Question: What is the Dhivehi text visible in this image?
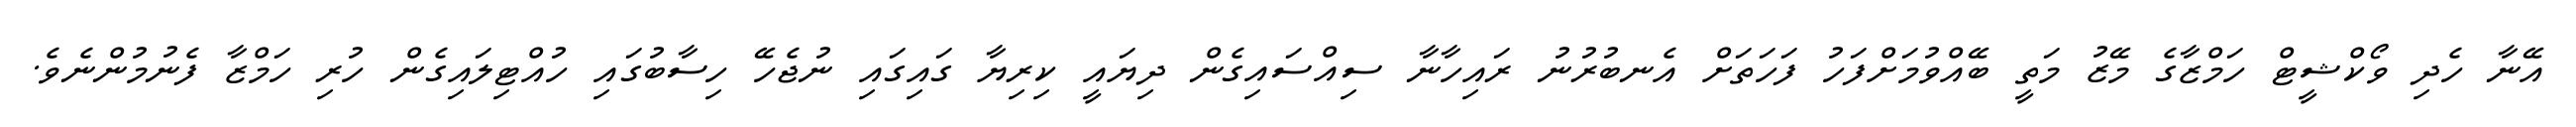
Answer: އޭނާ ހެދި ވޯކްޝީޓް ހަމްޒާގެ މޭޒު މަތީ ބޭއްވުމަށްފަހު ފަހަތަށް އެނބުރުނު ރައިހާނާ ސިއްސައިގެން ދިޔައީ ކިރިޔާ ގައިގައި ނުޖެހޭ ހިސާބުގައި ހުއްޓިލައިގެން ހުރި ހަމްޒާ ފެނުމުންނެވެ.